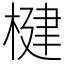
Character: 楗